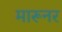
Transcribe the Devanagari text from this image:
मारूनर